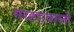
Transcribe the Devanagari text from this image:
गाहड़वालों